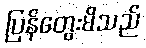
ပြန်တွေးမိသည်